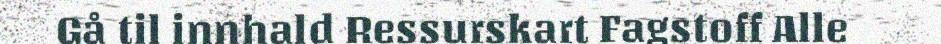
Gå til innhald Ressurskart Fagstoff Alle